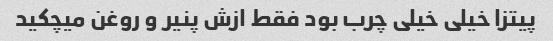
پیتزا خیلى خیلى چرب بود فقط ازش پنیر و روغن میچکید